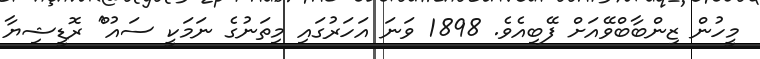
މީހުން ޒިންބާބްވޭއަށް ފޭބިއެވެ. 1898 ވަނަ އަހަރުގައި މިތަނުގެ ނަމަކީ ސައު^ް ރޮޮޑީޝިޔާ